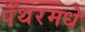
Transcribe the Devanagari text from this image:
पँथरमधे